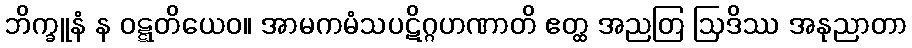
ဘိက္ခူနံ န ဝဋ္ဋတိယေဝ။ အာမကမံသပဋိဂ္ဂဟဏာတိ ဧတ္ထ အညတြ ဩဒိဿ အနုညာတာ